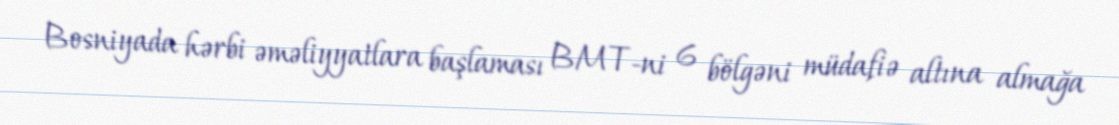
Bosniyada hərbi əməliyyatlara başlaması BMT-ni 6 bölgəni müdafiə altına almağa